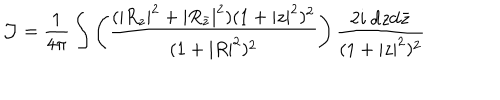
{ \cal J } = \frac { 1 } { 4 \pi } \int \left( \frac { ( | R _ { z } | ^ { 2 } + | R _ { { \bar { z } } } | ^ { 2 } ) ( 1 + | z | ^ { 2 } ) ^ { 2 } } { ( 1 + | R | ^ { 2 } ) ^ { 2 } } \right) \frac { 2 i ~ \mathrm { d } z \mathrm { d } { \bar { z } } } { ( 1 + | z | ^ { 2 } ) ^ { 2 } }